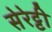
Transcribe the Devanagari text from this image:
सेरेट्टी